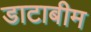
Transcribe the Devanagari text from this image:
डाटाबीम